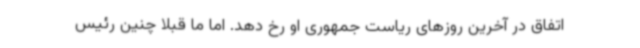
اتفاق در آخرین روزهای ریاست جمهوری او رخ دهد. اما ما قبلا چنین رئیس